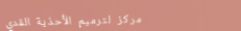
مركز لترميم الأحذية القدي